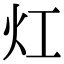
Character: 灴